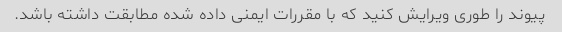
پیوند را طوری ویرایش کنید که با مقررات ایمنی داده شده مطابقت داشته باشد.